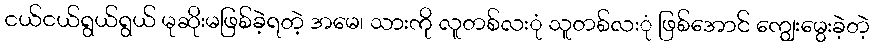
ငယ်ငယ်ရွယ်ရွယ် မုဆိုးမဖြစ်ခဲ့ရတဲ့ အမေ၊ သားကို လူတစ်လးုံ သူတစ်လးုံ ဖြစ်အောင် ကျွေးမွေးခဲ့တဲ့